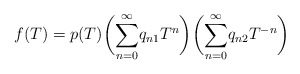
\begin{align*}f(T)=p(T)\bigg(\overset{\infty}{\underset{n=0}{\sum}}q_{n1}T^n\bigg) \bigg(\overset{\infty}{\underset{n=0}{\sum}}q_{n2}T^{-n}\bigg)\end{align*}